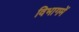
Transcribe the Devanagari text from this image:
विभागमें